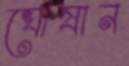
ঘোষান